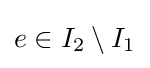
e\in I_{2}\setminus I_{1}